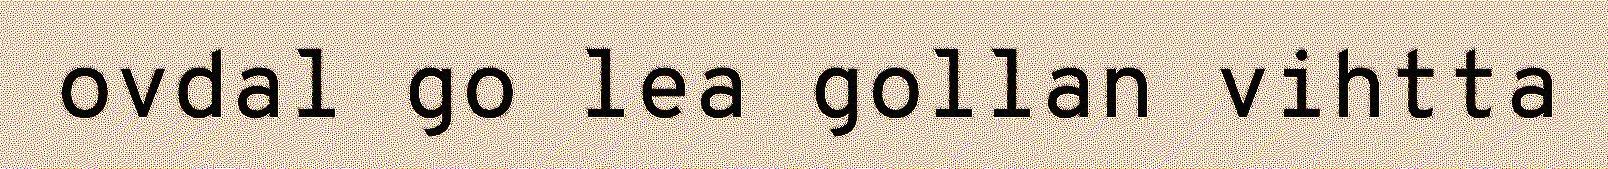
ovdal go lea gollan vihtta